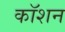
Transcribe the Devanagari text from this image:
कॉशन